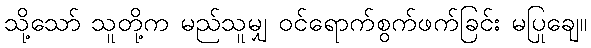
သို့သော် သူတို့က မည်သူမျှ ဝင်ရောက်စွက်ဖက်ခြင်း မပြုချေ။